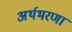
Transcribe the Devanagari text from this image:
अर्थभरणा